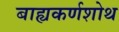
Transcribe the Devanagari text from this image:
बाह्यकर्णशोथ